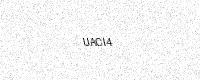
Text: UACI4